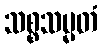
သစ္စသမ္မတံ